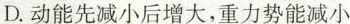
D.动能先减小后增大，重力势能减小